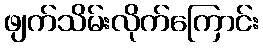
ဖျက်သိမ်းလိုက်ကြောင်း